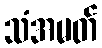
သံအမတ်